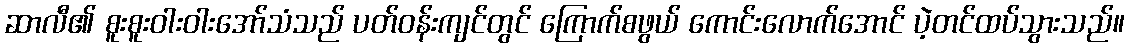
ဆာလီ၏ စူးစူးဝါးဝါးအော်သံသည် ပတ်ဝန်းကျင်တွင် ကြောက်စဖွယ် ကောင်းလောက်အောင် ပဲ့တင်ထပ်သွားသည်။